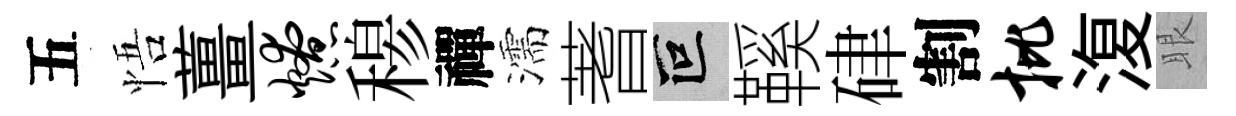
五悟薑燎𥠇禪濡蓍叵鞵硉割批𣸪眼